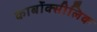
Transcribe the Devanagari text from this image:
कार्बोक्सीलिक